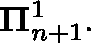
\mathbf { \Pi } _ { n + 1 } ^ { 1 } .